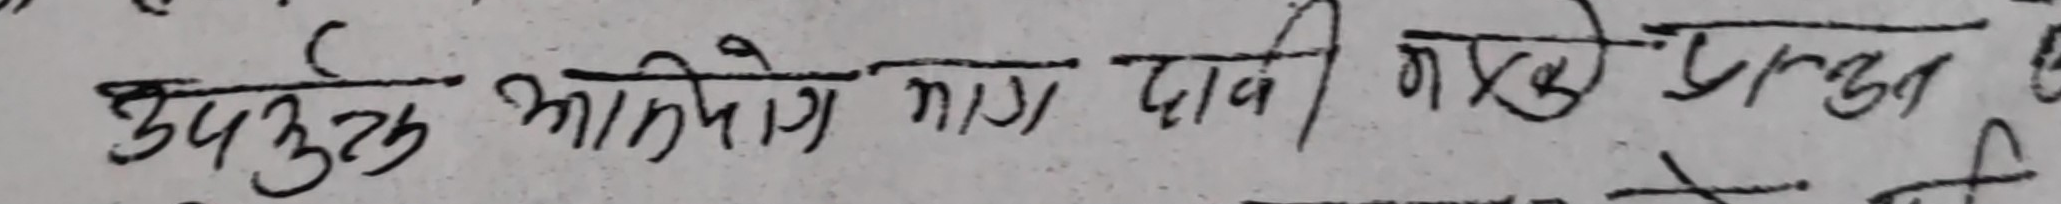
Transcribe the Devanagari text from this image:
उपयुक्त आवेदन माग दाबी नक्शे प्रस्तुत छ